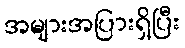
အများအပြားရှိပြီး